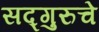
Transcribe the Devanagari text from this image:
सद्गुरुचे